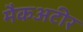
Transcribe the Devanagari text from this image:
मैकअटीर